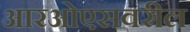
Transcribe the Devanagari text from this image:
आरओएसवरील